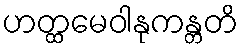
ဟတ္ထမေဝါနုကန္တတိ